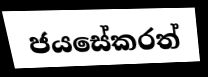
ජයසේකරත්